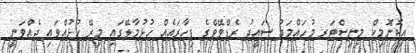
އިކޮނޮމިކް މިނިސްޓަރ މުހައްމަދު ސައީދު ރެޑްވޭވްގެ ފިހާރައެއް ހުޅުމާލޭގައި މިރޭ ހުޅުއްވައި ދެއްވަނީ